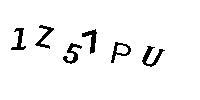
1Z57PU